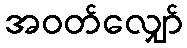
အဝတ်လျှော်